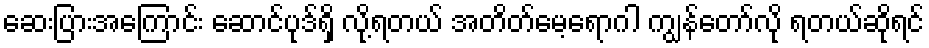
ဆေးပြားအကြောင်း ဆောင်ပုဒ်ရှိ လို့ရတယ် အတိတ်မေ့ရောဂါ ကျွန်တော်လို ရတယ်ဆိုရင်